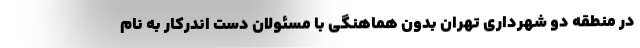
در منطقه دو شهرداری تهران بدون هماهنگی با مسئولان دست اندرکار به نام